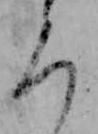
ろ